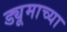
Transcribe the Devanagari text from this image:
ड्यूमाच्या